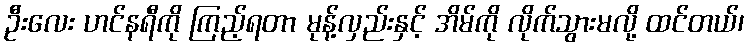
ဦးလေး ဟင်နရီကို ကြည့်ရတာ မုန့်လှည်းနှင့် အိမ်ကို လိုက်သွားမလို့ ထင်တယ်၊